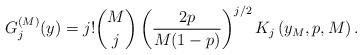
LaTeX: \begin{align*}G_{j}^{(M)}(y)=j!\binom{M}{j}\left(\frac{2p}{M(1-p)}\right)^{j/2}K_{j}\left(y_{M},p,M\right).\end{align*}